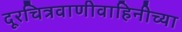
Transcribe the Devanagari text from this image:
दूरचित्रवाणीवाहिनीच्या